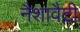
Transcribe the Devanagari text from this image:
नैशावैटी